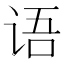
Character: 语